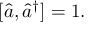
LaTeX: [ { \hat { a } } , { \hat { a } } ^ { \dagger } ] = 1 .